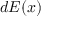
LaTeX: d { \boldsymbol { E } } ( { \boldsymbol { x } } )